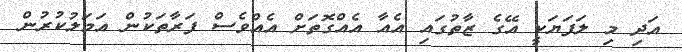
އަދި މި ލަފަޔަކީ އޭގެ ޒާތުގައި އެއާ އެއްގޮތަށް އެއްވެސް ފަރާތަކުން އަމަލުކުރުން